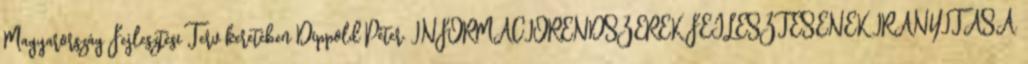
Magyarország Fejlesztési Terv keretében Dippold Péter. INFORMÁCIÓRENDSZEREK FEJLESZTÉSÉNEK IRÁNYÍTÁSA.